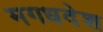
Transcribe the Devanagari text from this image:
मगधदेश